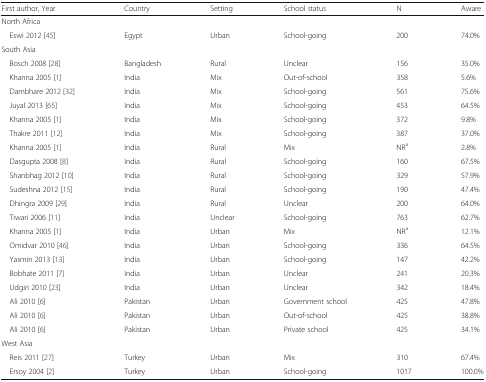
<table><thead><tr><td><b>First author, Year</b></td><td><b>Country</b></td><td><b>Setting</b></td><td><b>School status</b></td><td><b>N</b></td><td><b>Aware</b></td></tr></thead><tbody><tr><td colspan="6">North Africa</td></tr><tr><td> Eswi 2012 [45]</td><td>Egypt</td><td>Urban</td><td>School-going</td><td>200</td><td>74.0%</td></tr><tr><td colspan="6">South Asia</td></tr><tr><td> Bosch 2008 [28]</td><td>Bangladesh</td><td>Rural</td><td>Unclear</td><td>156</td><td>35.0%</td></tr><tr><td> Khanna 2005 [1]</td><td>India</td><td>Mix</td><td>Out-of-school</td><td>358</td><td>5.6%</td></tr><tr><td> Dambhare 2012 [32]</td><td>India</td><td>Mix</td><td>School-going</td><td>561</td><td>75.6%</td></tr><tr><td> Juyal 2013 [65]</td><td>India</td><td>Mix</td><td>School-going</td><td>453</td><td>64.5%</td></tr><tr><td> Khanna 2005 [1]</td><td>India</td><td>Mix</td><td>School-going</td><td>372</td><td>9.8%</td></tr><tr><td> Thakre 2011 [12]</td><td>India</td><td>Mix</td><td>School-going</td><td>387</td><td>37.0%</td></tr><tr><td> Khanna 2005 [1]</td><td>India</td><td>Rural</td><td>Mix</td><td>NR<sup>a</sup></td><td>2.8%</td></tr><tr><td> Dasgupta 2008 [8]</td><td>India</td><td>Rural</td><td>School-going</td><td>160</td><td>67.5%</td></tr><tr><td> Shanbhag 2012 [10]</td><td>India</td><td>Rural</td><td>School-going</td><td>329</td><td>57.9%</td></tr><tr><td> Sudeshna 2012 [15]</td><td>India</td><td>Rural</td><td>School-going</td><td>190</td><td>47.4%</td></tr><tr><td> Dhingra 2009 [29]</td><td>India</td><td>Rural</td><td>Unclear</td><td>200</td><td>64.0%</td></tr><tr><td> Tiwari 2006 [11]</td><td>India</td><td>Unclear</td><td>School-going</td><td>763</td><td>62.7%</td></tr><tr><td> Khanna 2005 [1]</td><td>India</td><td>Urban</td><td>Mix</td><td>NR<sup>a</sup></td><td>12.1%</td></tr><tr><td> Omidvar 2010 [46]</td><td>India</td><td>Urban</td><td>School-going</td><td>336</td><td>64.5%</td></tr><tr><td> Yasmin 2013 [13]</td><td>India</td><td>Urban</td><td>School-going</td><td>147</td><td>42.2%</td></tr><tr><td> Bobhate 2011 [7]</td><td>India</td><td>Urban</td><td>Unclear</td><td>241</td><td>20.3%</td></tr><tr><td> Udgiri 2010 [23]</td><td>India</td><td>Urban</td><td>Unclear</td><td>342</td><td>18.4%</td></tr><tr><td> Ali 2010 [6]</td><td>Pakistan</td><td>Urban</td><td>Government school</td><td>425</td><td>47.8%</td></tr><tr><td> Ali 2010 [6]</td><td>Pakistan</td><td>Urban</td><td>Out-of-school</td><td>425</td><td>38.8%</td></tr><tr><td> Ali 2010 [6]</td><td>Pakistan</td><td>Urban</td><td>Private school</td><td>425</td><td>34.1%</td></tr><tr><td colspan="6">West Asia</td></tr><tr><td> Reis 2011 [27]</td><td>Turkey</td><td>Urban</td><td>Mix</td><td>310</td><td>67.4%</td></tr><tr><td> Ersoy 2004 [2]</td><td>Turkey</td><td>Urban</td><td>School-going</td><td>1017</td><td>100.0%</td></tr></tbody></table>